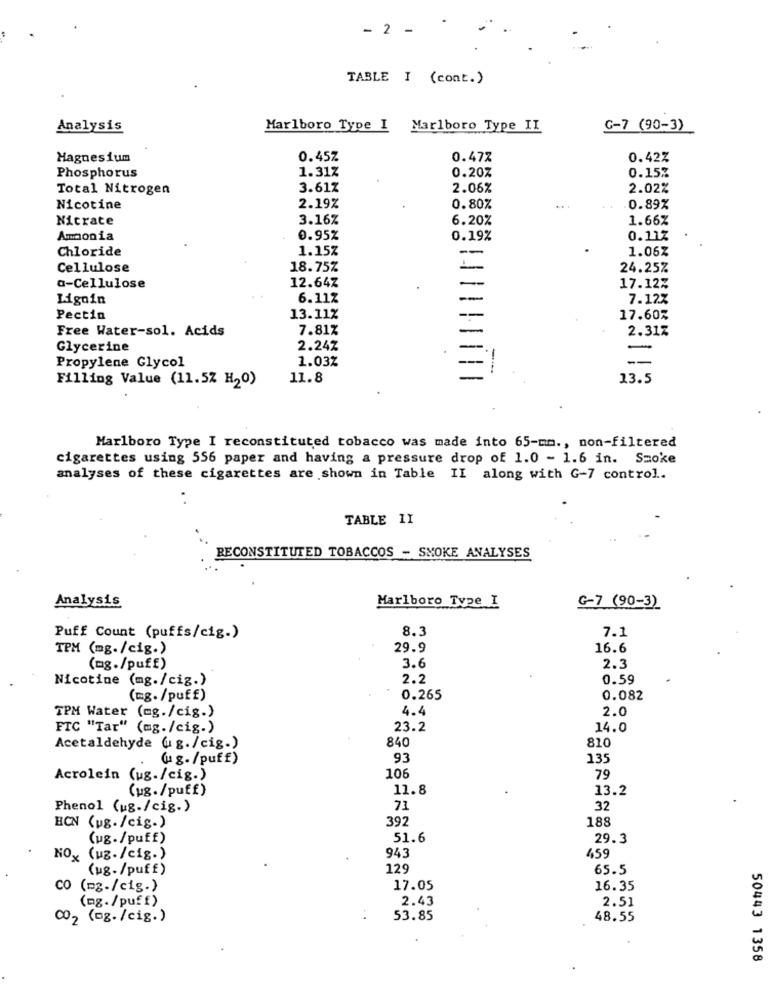
- 2 -
TABLE I (cont.)
Analysis
Marlboro Type I
Marlboro Type II
G-7 (90-3)
Magnesium
0.45Z
0.47%
0.42%
1.31%
0.15%
Phosphorus
0.20%
Total Nitrogen
3.61%
2.06%
2.02%
Nicotine
2.19%
0.80%
...
0.89%
Nicrate
3.16%
6.20%
1.66%
Ammonia
0.95%
0.19%
0.11%
Chloride
1.15%
1.06Z
Cellulose
18.75%
24.25%
12.64Z
a-Cellulose
17.12%
Ligoin
6.11Z
7.12%
Pectin
13.11%
17.60%
Free Water-sol. Acids
7.81%
2.317
Glycerine
2.24Z
-
1.03%
-
Propylene Glycol
Filling Value (11.5% H20)
11.8
13.5
Marlboro Type I reconstituted tobacco was made into 65-mm ., non-filtered
cigarettes using 556 paper and having a pressure drop of 1.0 - 1.6 in. Smoke
analyses of these cigarettes are shown in Table II along with G-7 control ..
..
TABLE 1I
RECONSTITUTED TOBACCOS - SMOKE ANALYSES
Analysis
Marlboro Type I
G-7 (90-3)
8.3
7.1
Puff Count (puffs/cig.)
TPM (mg./cig.)
29.9
16.6
(mg./puff)
3.6
2.3
Nicotine (mg./cig.)
2.2
0.59
(mg. /puff)
0.265
0.082
TPM Water (mg./cig.)
4.4
2.0
FTC "Tar" (mg./cig.)
23.2
14.0
840
810
Acetaldehyde (g./cig.)
( g. /puff)
93
135
Acrolein (ug./cig.)
106
79
(ug. /puff)
11.8
13.2
Phenol (ug./cig.)
71
32
392
188
HCN (ug. /cig.)
(ug./puff)
51.6
29.3
943
NOx (uz./cig.)
459
(ug. /puff)
12
65.5
0 (mg-/cig.)
17.05
16.35
(mg./puff)
2.43
2.51
C02 (og./cig.)
53.85
48.55
50443 1358